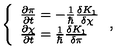
\left\{ \begin{array} { l } { { \frac { \partial \pi } { \partial t } } = - { \frac { 1 } { \hbar } } { \frac { \delta K _ { 1 } } { \delta \chi } } } \\ { { \frac { \partial \chi } { \partial t } } = { \frac { 1 } { \hbar } } { \frac { \delta K _ { 1 } } { \delta \pi } } } \\ \end{array} \right. ,